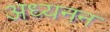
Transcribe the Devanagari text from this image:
अध्यनन